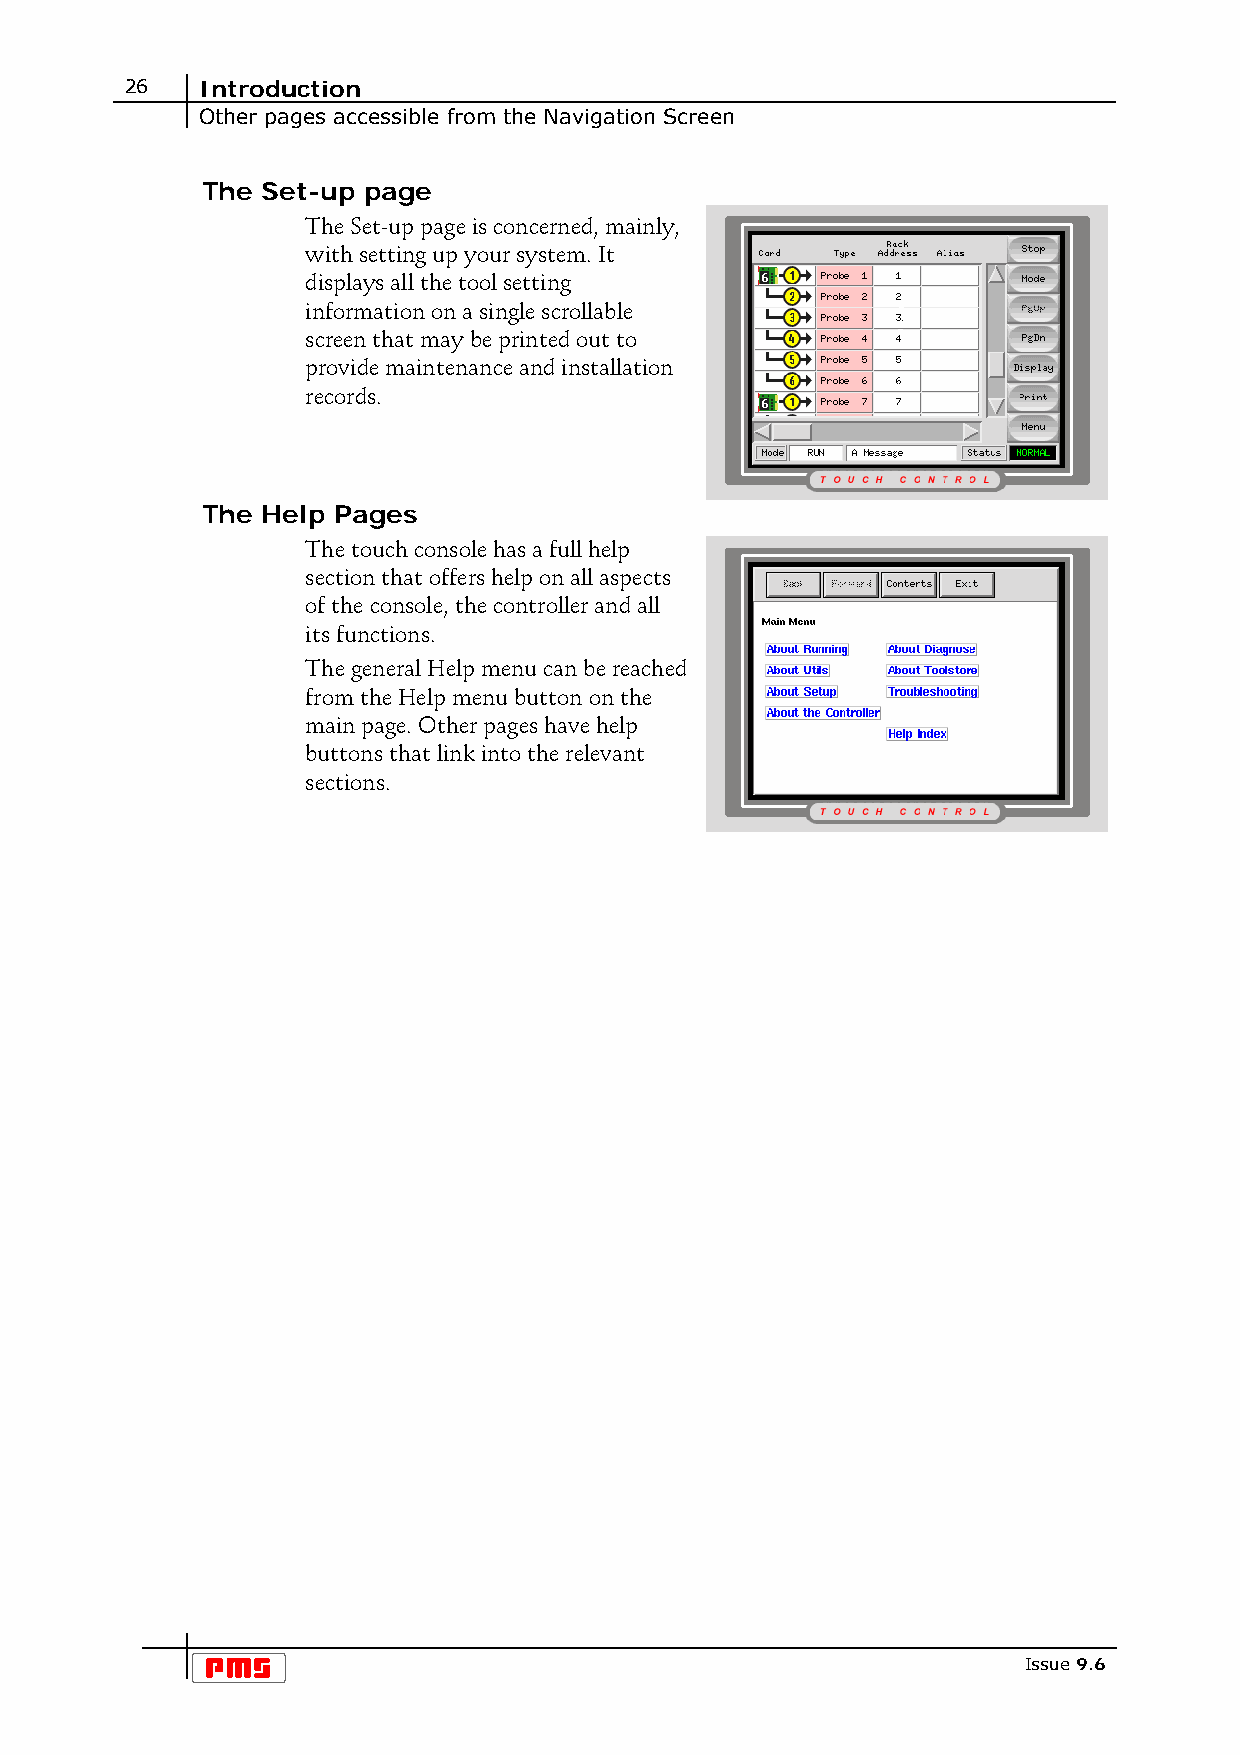
26   Introduction
 Other pages accessible from the Navigation Screen
 The Set-up page
 The Set-up page is concerned, mainly,
 with setting up your system. It
 displays all the tool setting
 information on a single scrollable
 screen that may be printed out to
 provide maintenance and installation
 records.
 The Help Pages
 The touch console has a full help
 section that offers help on all aspects
 of the console, the controller and all
 its functions.
 The general Help menu can be reached
 from the Help menu button on the
 main page. Other pages have help
 buttons that link into the relevant
 sections.
 Issue 9.6